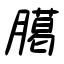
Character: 臈